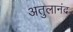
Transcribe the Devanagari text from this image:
अतुलानंद